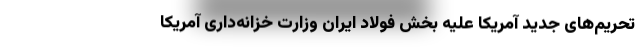
تحریم‌های جدید آمریکا علیه بخش فولاد ایران وزارت خزانه‌داری آمریکا